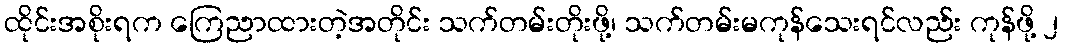
ထိုင်းအစိုးရက ကြေညာထားတဲ့အတိုင်း သက်တမ်းတိုးဖို့၊ သက်တမ်းမကုန်သေးရင်လည်း ကုန်ဖို့ ၂